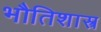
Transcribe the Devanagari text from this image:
भौतिशास्त्र